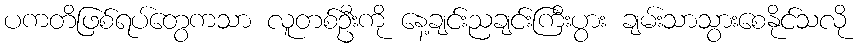
ပကတိဖြစ်ရပ်တွေကသာ လူတစ်ဦးကို နေ့ချင်းညချင်းကြီးပွား ချမ်းသာသွားစေနိုင်သလို